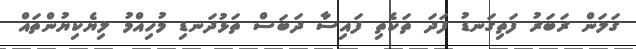
ގަލަން ރަބަރު ފަތިގަނޑު ފަދަ ތަކެތި ފައިސާ ދަބަސް ތަޅުދަނޑި މުހިއްމު ލިޔެކިޔުންތައް